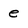
Character: e